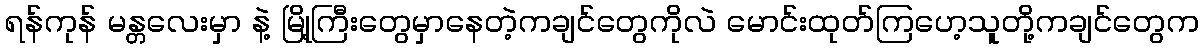
ရန်ကုန် မန္တလေးမှာ နဲ့ မြို့ကြီးတွေမှာနေတဲ့ကချင်တွေကိုလဲ မောင်းထုတ်ကြဟေ့သူတို့ကချင်တွေက